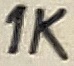
Text: 1K